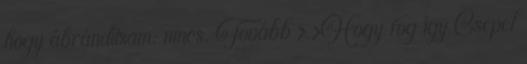
hogy ábrándítsam: nincs. Tovább › ›Hogy fog így Csepel